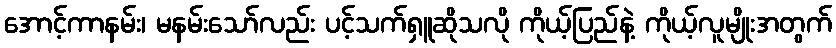
အောင့်ကာနမ်း၊ မနမ်းသော်လည်း ပင့်သက်ရှူဆိုသလို ကိုယ့်ပြည်နဲ့ ကိုယ့်လူမျိုးအတွက်